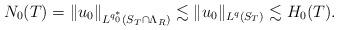
LaTeX: \begin{align*} N_0(T)= \|u_0\|_{L^{q_0^\ast}(S_{T} \cap \Lambda_{R})} \lesssim \|u_0\|_{L^{q}(S_{T})} \lesssim H_0(T).\end{align*}